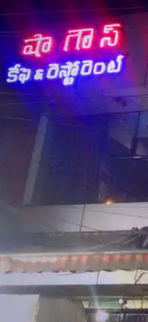
Language: telugu
Transcription: షా గౌస్ రెస్టోరెంట్ కేఫె